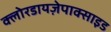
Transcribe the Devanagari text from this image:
क्लोरडायज़ेपाक्साइड